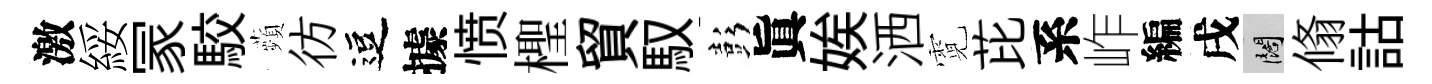
激綏冡駮蘋彷逗據愤檉貿馭彭眞娭洒霓芘系岞編戌闊翛詁